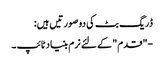
ڈریگ بٹ کی دو صورتیں ہیں:
-"قدم" کے لئے نرم بنیاد ٹائپ ۔